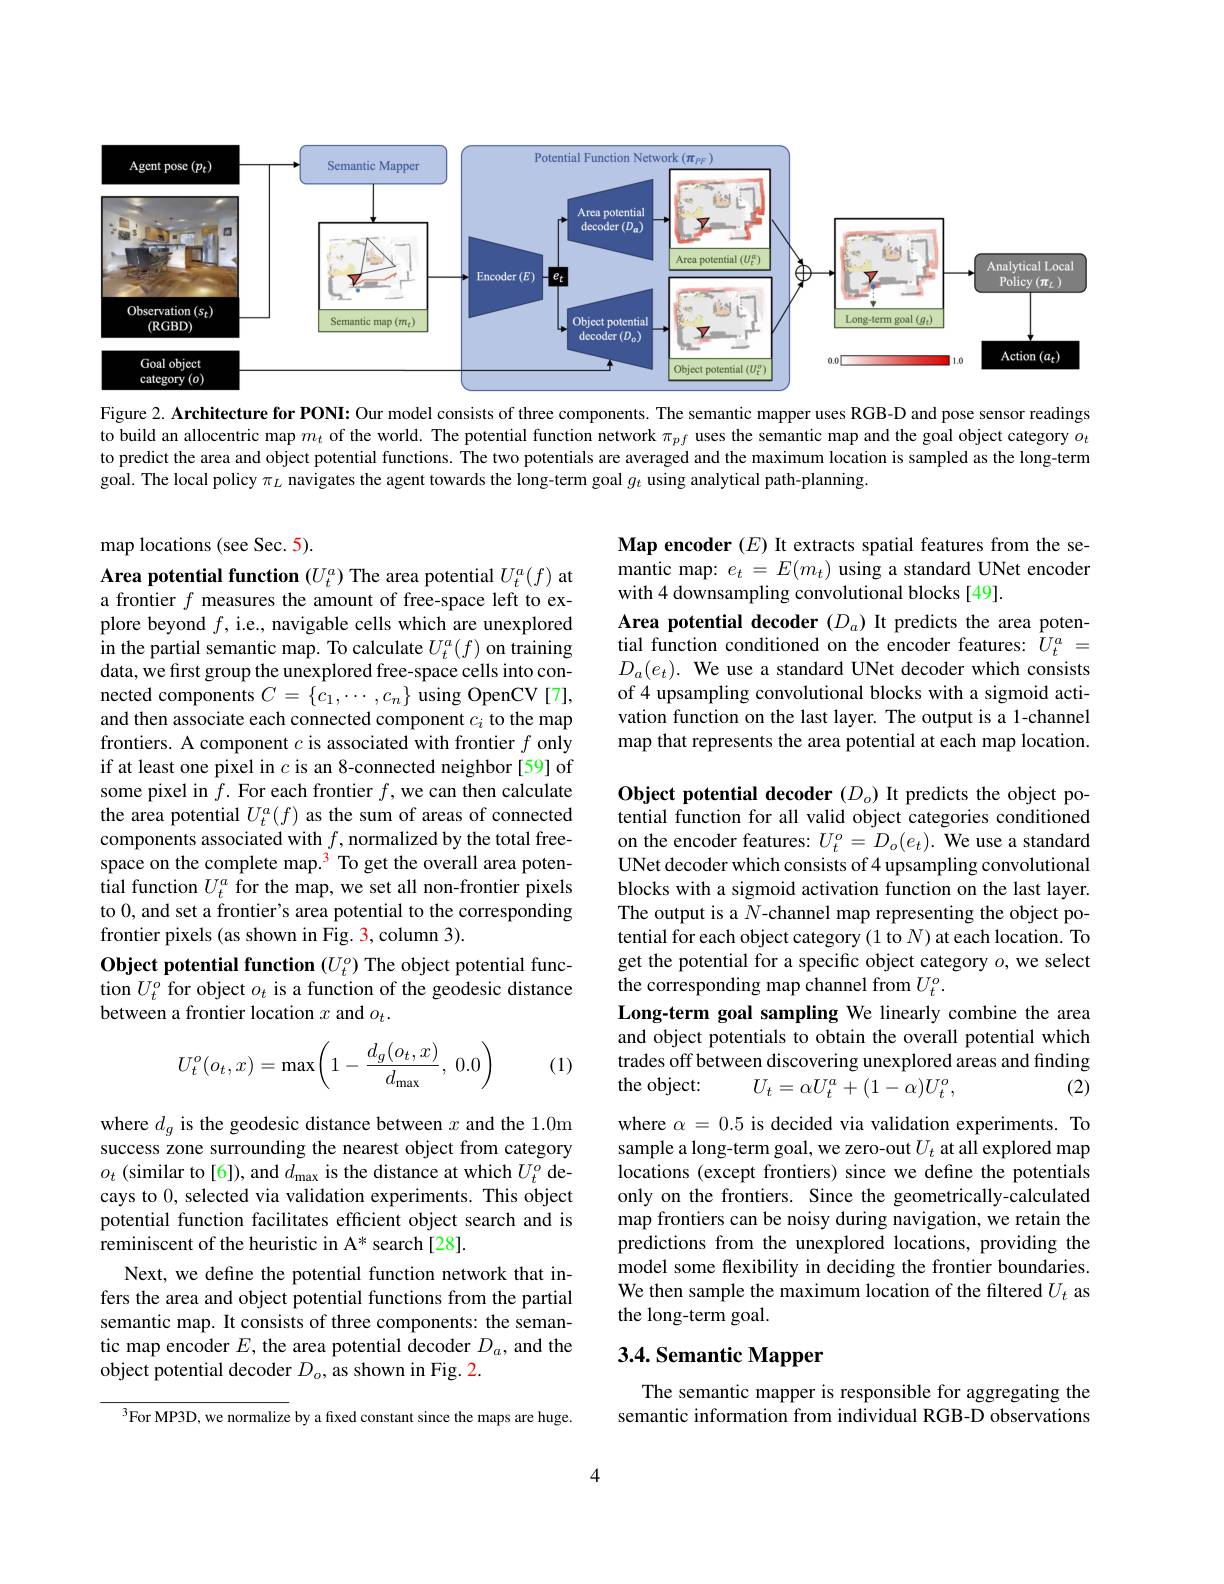
<FigureHere>

Figure 2. Architecture for PONI: Our model consists of three components. The semantic mapper uses RGB-D and pose sensor readings to build an allocentric map $m_t$ of the world. The potential function network $\pi_{pf}$ uses the semantic map and the goal object category $o_t$ to predict the area and object potential functions. The two potentials are averaged and the maximum location is sampled as the long-term goal. The local policy $\pi_L$ navigates the agent towards the long-term goal $g_t$ using analytical path-planning.

map locations (see Sec. 5)

Map encoder $(E)$ It extracts spatial features from the semantic map: $e_t=E(m_{t})$ using a standard UNet encoder with 4 downsampling convolutional blocks [49].

Area potential decoder $(D_a)$ It predicts the area potential function conditioned on the encoder features: $U_t^a=$ $D_a( e_t) . \textbf{ We use a standard UNet decoder which consists}$ of 4 upsampling convolutional blocks with a sigmoid activation function on the last layer. The output is a 1-channel map that represents the area potential at each map location.

Area potential function $(U_t^a)$ The area potential $U_t^a(f)$ at a frontier $f$ measures the amount of free-space left to explore beyond $f$, i.e., navigable cells which are unexplored in the partial semantic map. To calculate $U_t^a(f)$ on training data, we first group the unexplored free-space cells into connected components $C=\{c_1,\cdots,c_n\}$ using OpenCV[7], and then associate each connected component $c_i$ to the map frontiers. A component $c$ is associated with frontier $f$ only if at least one pixel in $c$ is an 8-connected neighbor [59] of some pixel in $f.$ For each frontier $f$,we can then calculate the area potential $U_t^a(f)$ as the sum of areas of connected components associated with $f$,normalized by the total freespace on the complete map.$^{\color33}$ To get the overall area poten- $\hat{\text{tial function }U}_{t}^{a}$ for the map, we set all non-frontier pixels to 0, and set a frontier's area potential to the corresponding frontier pixels (as shown in Fig. 3, column 3).
Object potential function $(U_t^o)$ The object potential function $U_t^o$ for object $o_t$ is a function of the geodesic distance between a frontier location $x$ and $o_t.$

Object potential decoder $(D_o)$ It predicts the object potential function for all valid object categories conditioned on the encoder features: $U_t^o=D_o(e_t).$ We use a standard UNet decoder which consists of 4 upsampling convolutional blocks with a sigmoid activation function on the last layer. The output is a $N$-channel map representing the object potential for each object category (1 to $N$)at each location. To get the potential for a specific object category $o$, we select the corresponding map channel from $U_t^o.$
Long-term goal sampling We linearly combine the area and object potentials to obtain the overall potential which trades off between discovering unexplored areas and finding the object:
(2)
$U_{t}=\alpha U_{t}^{a}+(1-\alpha)U_{t}^{o}$,
$$U_t^o(o_t,x)=\max\Bigg(1-\frac{d_g(o_t,x)}{d_{\max}},\:0.0\Bigg)$$
(1)

where $\alpha=0.5$ is decided via validation experiments. To sample a long-term goal, we zero-out $U_t$ at all explored map locations (except frontiers) since we define the potentials only on the frontiers. Since the geometrically-calculated map frontiers can be noisy during navigation, we retain the predictions from the unexplored locations, providing the model some flexibility in deciding the frontier boundaries. We then sample the maximum location of the filtered $U_t$ as the long-term goal.

where $d_g$ is the geodesic distance between $x$ and the 1.0m success zone surrounding the nearest object from category $o_{t}$ (similar to[6]), and $d_\mathrm{max}$ is the distance at which $U_t^o$ decays to 0, selected via validation experiments. This object potential function facilitates efficient object search and is reminiscent of the heuristic in A* search [28].
Next, we define the potential function network that infers the area and object potential functions from the partial semantic map. It consists of three components: the semantic map encoder $E$, the area potential decoder $D_a$, and the object potential decoder $D_o$, as shown in Fig. 2.

## 3.4. Semantic Mapper

The semantic mapper is responsible for aggregating the semantic information from individual RGB-D observations

$^{3}$For MP3D, we normalize by a fixed constant since the maps are huge.

4